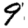
Digit: 9